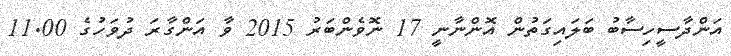
އަންދާސީހިސާބު ބަލައިގަތުން އޮންނާނީ 17 ނޮވެންބަރު 2015 ވާ އަންގާރަ ދުވަހުގެ 11.00